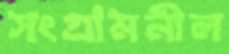
সংগ্রামনীল